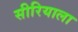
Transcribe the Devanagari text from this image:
सीरियाला